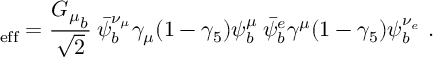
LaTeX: \L _ { \mathrm { e f f } } = { \frac { { G _ { \mu } } _ { b } } { \sqrt 2 } } \: \bar { \psi } _ { b } ^ { \nu _ { \mu } } \gamma _ { \mu } ( 1 - \gamma _ { 5 } ) \psi _ { b } ^ { \mu } \: \bar { \psi } _ { b } ^ { e } \gamma ^ { \mu } ( 1 - \gamma _ { 5 } ) \psi _ { b } ^ { \nu _ { e } } ~ .